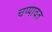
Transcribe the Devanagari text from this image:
चप्पावत